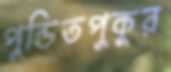
পুন্ডিতপুকুর